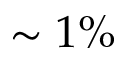
\sim 1 \%